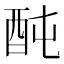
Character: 䣩